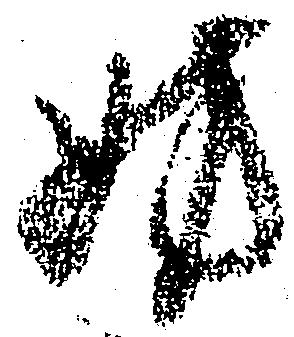
妨